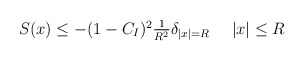
\begin{align*} \textstyle S(x)\le - (1-C_{I})^{2} \frac{1}{R^{2}}\delta_{|x|=R} \quad\ |x|\le R\end{align*}